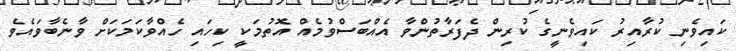
ކައިވެނި ކުރާއިރު ކައިވެނީގެ ކުރިން ދެފަރާތުންވާ އެއްބަސްވުމެއް އޮތުމަކީ ކިހައި ހެއްވާކަމަކަށް ވާނެބާވައެވެ